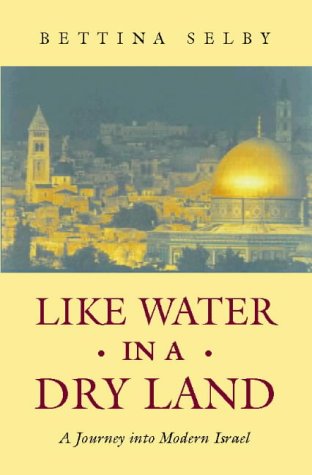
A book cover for Like Water in a Dry Land: Journey into Modern Israel; Bettina Selby; Travel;